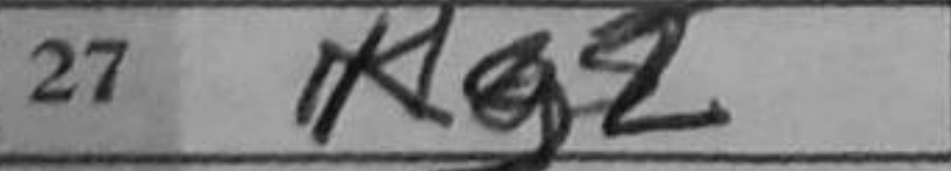
Transcription: Kg2